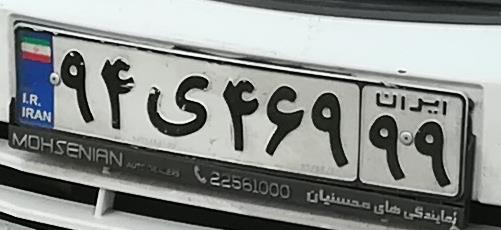
۹۴ی۴۶۹۹۹